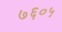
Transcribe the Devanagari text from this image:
७६०५